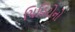
ચિહિરોનો